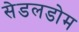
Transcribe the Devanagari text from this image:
सेडलडोम